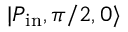
| P _ { \mathrm { i n } } , \pi / 2 , 0 \rangle